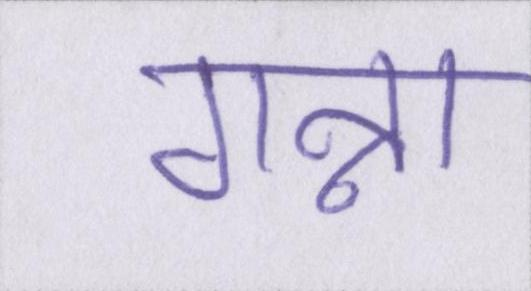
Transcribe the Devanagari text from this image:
गन्ना